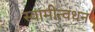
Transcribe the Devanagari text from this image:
स्वामीत्वधन